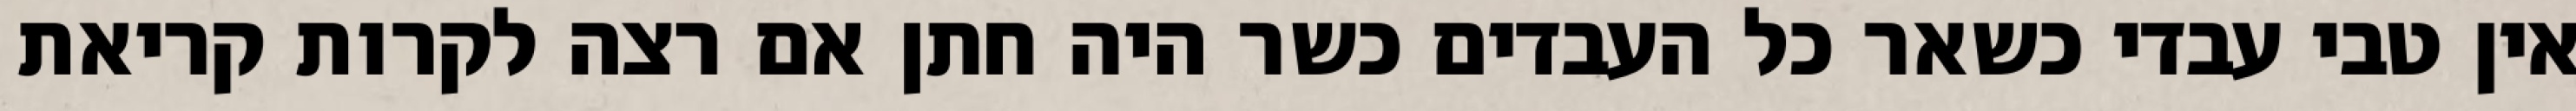
אין טבי עבדי כשאר כל העבדים כשר היה חתן אם רצה לקרות קריאת